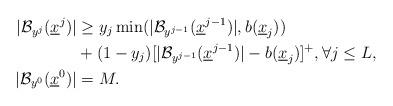
LaTeX: \begin{align*} | {\mathcal B}_{y^j}( \underline x^j) | & \geq y_j \min(| {\mathcal B}_{y^{j-1} }( \underline x^{j-1}) |, b(\underline x_j) ) \\&+ (1-y_j) [ | {\mathcal B}_{y^{j-1} }( \underline x^{j-1}) | - b(\underline x_j) ]^+, \forall j \leq L, \\ | {\mathcal B}_{y^0}( \underline x^0) | &= M. \end{align*}